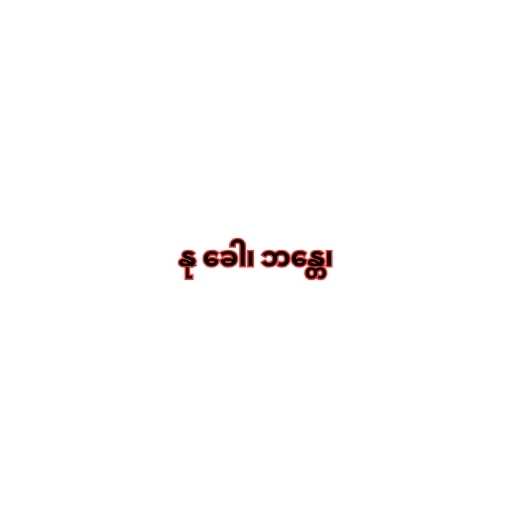
နု ခေါ၊ ဘန္တေ၊